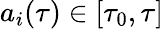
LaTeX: a_{i}(\tau)\in[\tau_{0},\tau]